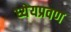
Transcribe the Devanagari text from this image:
ध्येयप्रवण